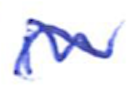
Text: in
Cross-out: wave
Writing tool: ballpoint